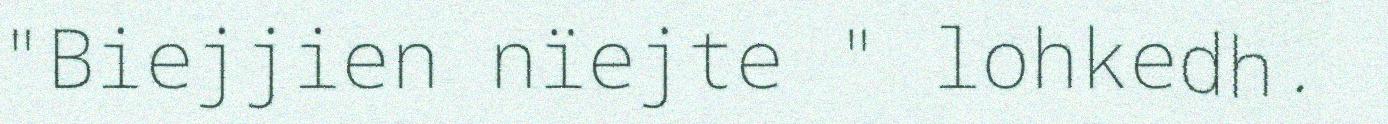
"Biejjien nïejte " lohkedh.